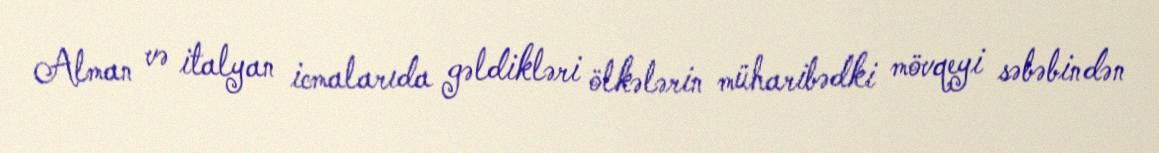
Alman və italyan icmalarıda gəldikləri ölkələrin müharibədki mövqeyi səbəbindən